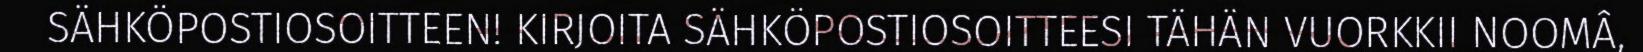
SÄHKÖPOSTIOSOITTEEN! KIRJOITA SÄHKÖPOSTIOSOITTEESI TÄHÄN VUORKKII NOOMÂ,